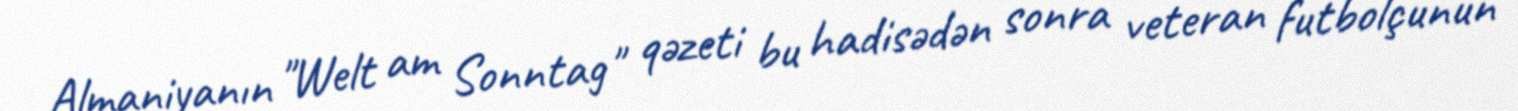
Almaniyanın "Welt am Sonntag" qəzeti bu hadisədən sonra veteran futbolçunun